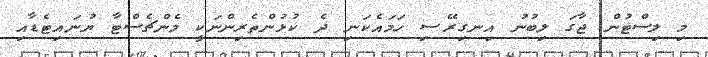
މި ލިސްޓުން ޖާގަ ލިބުނު އިނގިރޭސި ހަމައެކަނި ދެ ކުޅުންތެރިންނަކީ މެންޗެސްޓާ ޔުނައިޓެޑާއި